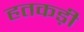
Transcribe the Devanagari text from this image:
हतकड़ी